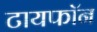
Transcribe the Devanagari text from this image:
टायफॉन